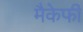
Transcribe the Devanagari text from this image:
मैकेफी